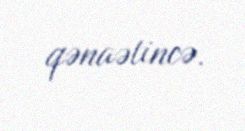
qənaətincə.